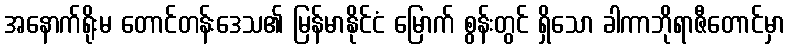
အနောက်ရိုးမ တောင်တန်းဒေသ၏ မြန်မာနိုင်ငံ မြောက် စွန်းတွင် ရှိသော ခါကာဘိုရာဇီတောင်မှာ